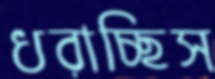
ধরাচ্ছিস